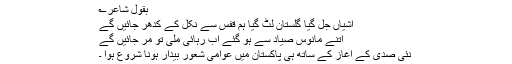
بقول شاعر؎
آشیاں جل گیا گلستان لٹ گیا ہم قفس سے نکل کے کدھر جائیں گے
اتنے مانوس صیاد سے ہو گئے اب رہائی ملی تو مر جائیں گے
نئی صدی کے آغاز کے ساتھ ہی پاکستان میں عوامی شعور بیدار ہونا شروع ہوا ۔